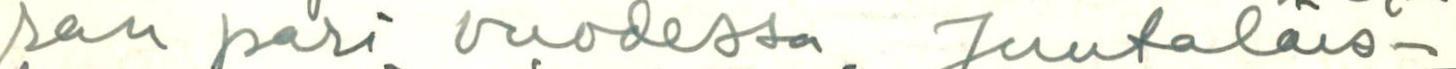
ran pari vuodessa. Juutaläis-